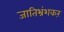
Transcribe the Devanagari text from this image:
जातिभ्रंशकरं